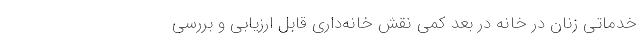
خدماتی زنان در خانه در بُعد کمی نقش خانه‌داری قابل ارزیابی و بررسی